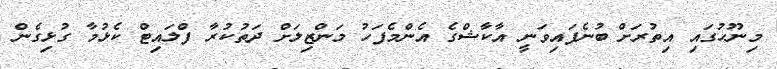
މިނޫހުގައި އިތުރަށް ބުނެފައިވަނީ އާކާޝްގެ އެންމެފަހު މަންޒިލަށް ދަތުކުރާ ފްލައިޓް ކެޅުމާ ގުޅިގެން